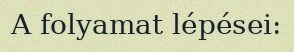
A folyamat lépései: